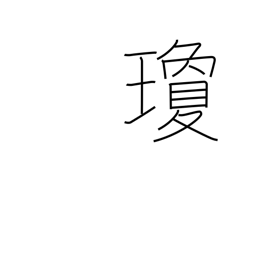
Meaning: red jewel